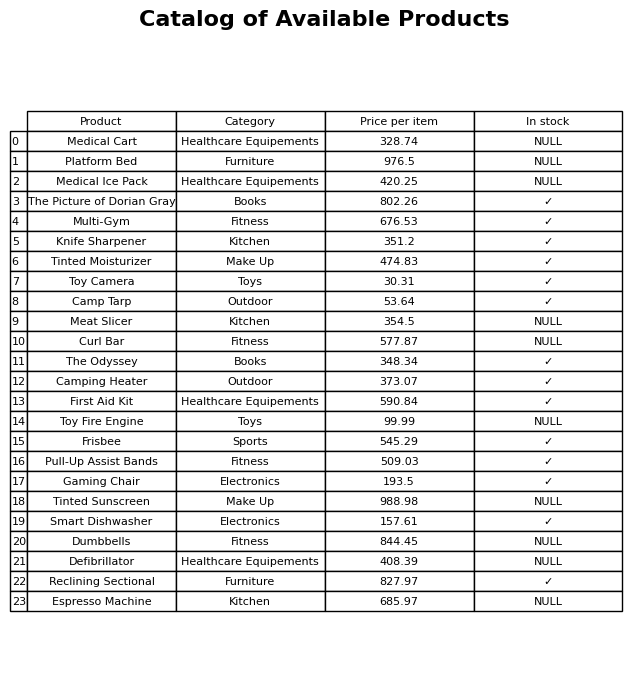
question: Which products are currently out of stock?
answer: Medical Cart, Platform Bed, Medical Ice Pack, Meat Slicer, Curl Bar, Toy Fire Engine, Tinted Sunscreen, Dumbbells, Defibrillator, Espresso Machine